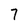
Character: 7